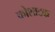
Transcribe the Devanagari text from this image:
कोशाटक